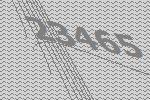
23465